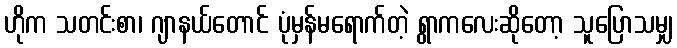
ဟိုက သတင်းစာ၊ ဂျာနယ်တောင် ပုံမှန်မရောက်တဲ့ ရွာကလေးဆိုတော့ သူပြောသမျှ